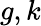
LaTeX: g,k